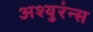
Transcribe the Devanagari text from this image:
अश्युरंन्स